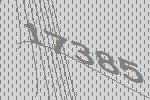
17385